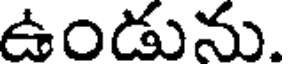
ఉండును.